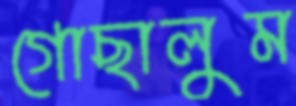
গোছালুম